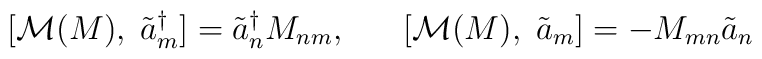
[ {\cal M}  (M) , \; \tilde{a}^{\dagger}_{m} ] = \tilde{a}^{\dagger}_{n} M_{nm}, \; \; \; \; \; \; [ {\cal M} (M) , \; \tilde{a}_{m} ] = - M_{mn}  \tilde{a}_{n}